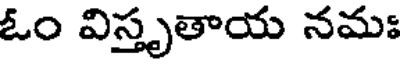
ఓం విస్తృతాయ నమః